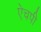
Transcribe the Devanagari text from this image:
ऐचपी